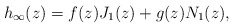
\begin{align*}h_{\infty}(z) = f(z) J_1(z) + g(z) N_1(z),\end{align*}